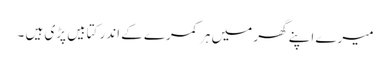
میرے اپنے گھر میں ہر کمرے کے اندر کتابیں پڑی ہیں ۔